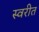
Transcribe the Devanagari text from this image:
स्वरीत